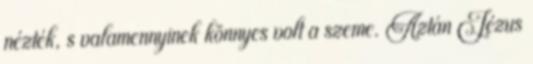
nézték, s valamennyinek könnyes volt a szeme. Aztán Jézus